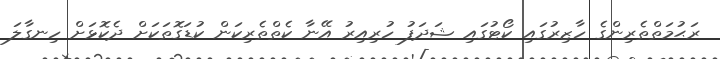
ރަޙުމަތްތެރިންގެ ހާޒިރުގައި ކޯޓުގައި ޝަދަފު ހުރިއިރު އޭނާ ކެތްތެރިކަން ކުޑަގޮތަކަށް ދެކޮޅަށް ހިނގާލަ